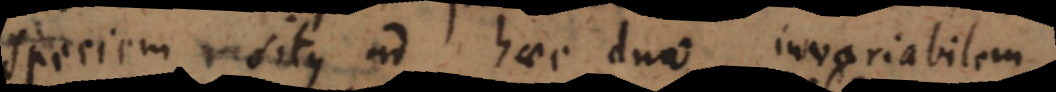
speciem situs ad haec duo invariabilem,